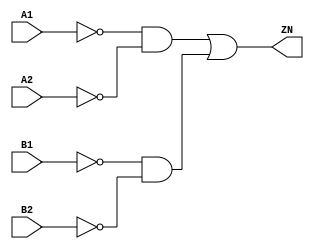
// Copyright 2022 GlobalFoundries PDK Authors
//
// Licensed under the Apache License, Version 2.0 (the "License");
// you may not use this file except in compliance with the License.
// You may obtain a copy of the License at
//
//      http://www.apache.org/licenses/LICENSE-2.0
//
// Unless required by applicable law or agreed to in writing, software
// distributed under the License is distributed on an "AS IS" BASIS,
// WITHOUT WARRANTIES OR CONDITIONS OF ANY KIND, either express or implied.
// See the License for the specific language governing permissions and
// limitations under the License.

module gf180mcu_fd_sc_mcu9t5v0__oai22_1( B2, B1, ZN, A1, A2 );
input A1, A2, B1, B2;
output ZN;

	wire A1_inv_for_gf180mcu_fd_sc_mcu9t5v0__oai22_1;

	not MGM_BG_0( A1_inv_for_gf180mcu_fd_sc_mcu9t5v0__oai22_1, A1 );

	wire A2_inv_for_gf180mcu_fd_sc_mcu9t5v0__oai22_1;

	not MGM_BG_1( A2_inv_for_gf180mcu_fd_sc_mcu9t5v0__oai22_1, A2 );

	wire ZN_row1;

	and MGM_BG_2( ZN_row1, A1_inv_for_gf180mcu_fd_sc_mcu9t5v0__oai22_1, A2_inv_for_gf180mcu_fd_sc_mcu9t5v0__oai22_1 );

	wire B1_inv_for_gf180mcu_fd_sc_mcu9t5v0__oai22_1;

	not MGM_BG_3( B1_inv_for_gf180mcu_fd_sc_mcu9t5v0__oai22_1, B1 );

	wire B2_inv_for_gf180mcu_fd_sc_mcu9t5v0__oai22_1;

	not MGM_BG_4( B2_inv_for_gf180mcu_fd_sc_mcu9t5v0__oai22_1, B2 );

	wire ZN_row2;

	and MGM_BG_5( ZN_row2, B1_inv_for_gf180mcu_fd_sc_mcu9t5v0__oai22_1, B2_inv_for_gf180mcu_fd_sc_mcu9t5v0__oai22_1 );

	or MGM_BG_6( ZN, ZN_row1, ZN_row2 );

endmodule